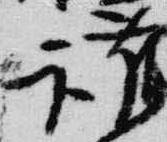
護